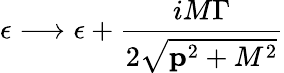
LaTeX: \epsilon\longrightarrow\epsilon+\frac{iM\Gamma}{2\sqrt{{\mathbf p}^{2}+M^{2}}}